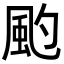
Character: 𩖚